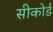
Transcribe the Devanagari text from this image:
सीकोर्ड